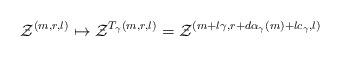
LaTeX: \begin{align*} \mathcal{Z}^{ (m,r,l)} \mapsto \mathcal{Z}^{T_{\gamma} (m,r,l)}= \mathcal{Z}^{ (m+ l\gamma, r+ d\alpha_{\gamma}(m)+lc_{\gamma},l)} \end{align*}